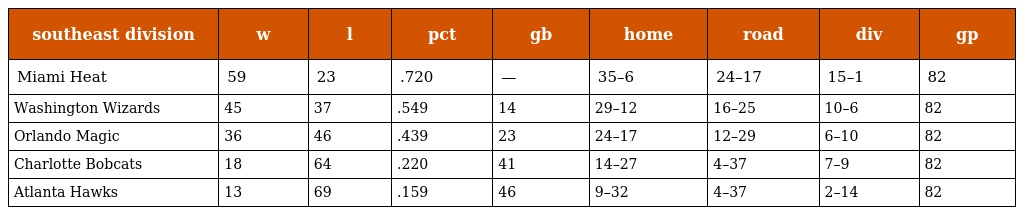
| southeast division | w | l | pct | gb | home | road | div | gp |
 | --- | --- | --- | --- | --- | --- | --- | --- | --- |
 | Miami Heat | 59 | 23 | .720 | — | 35–6 | 24–17 | 15–1 | 82 |
 | Washington Wizards | 45 | 37 | .549 | 14 | 29–12 | 16–25 | 10–6 | 82 |
 | Orlando Magic | 36 | 46 | .439 | 23 | 24–17 | 12–29 | 6–10 | 82 |
 | Charlotte Bobcats | 18 | 64 | .220 | 41 | 14–27 | 4–37 | 7–9 | 82 |
 | Atlanta Hawks | 13 | 69 | .159 | 46 | 9–32 | 4–37 | 2–14 | 82 |